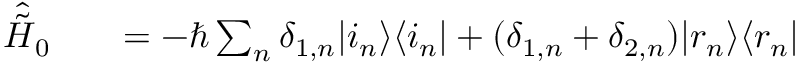
\begin{array} { r l r } { \hat { \tilde { H } } _ { 0 } } & { { } } & { = - \hbar \sum _ { n } \delta _ { 1 , n } \vert i _ { n } \rangle \langle i _ { n } \vert + ( \delta _ { 1 , n } + \delta _ { 2 , n } ) \vert r _ { n } \rangle \langle r _ { n } \vert } \end{array}